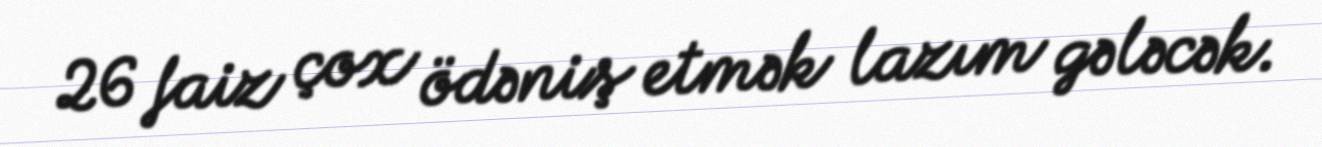
26 faiz çox ödəniş etmək lazım gələcək.